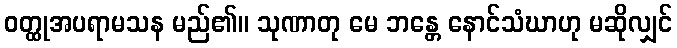
ဝတ္ထုအပရာမသန မည်၏။ သုဏာတု မေ ဘန္တေ နောင်သံဃာဟု မဆိုလျှင်